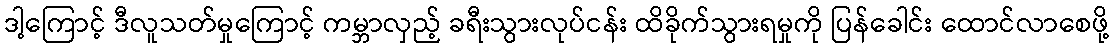
ဒါ့ကြောင့် ဒီလူသတ်မှုကြောင့် ကမ္ဘာလှည့် ခရီးသွားလုပ်ငန်း ထိခိုက်သွားရမှုကို ပြန်ခေါင်း ထောင်လာစေဖို့